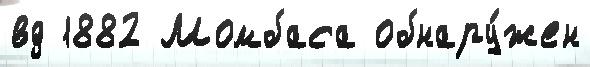
вд 1882 Момбаса обнару́жен